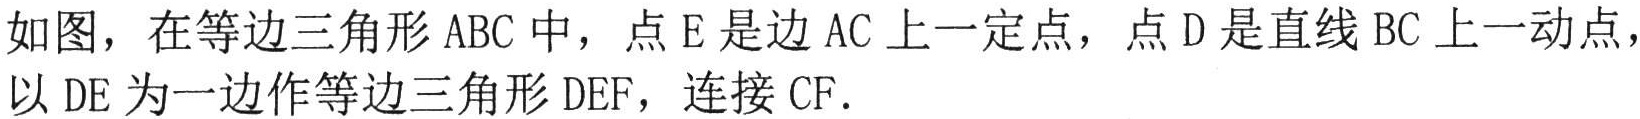
如图，在等边三角形\(ABC\)中，点\(E\)是边\(AC\)上一定点，点\(D\)是直线\(BC\)上一动点，以\(DE\)为一边作等边三角形\(DEF\)，连接\(CF\).